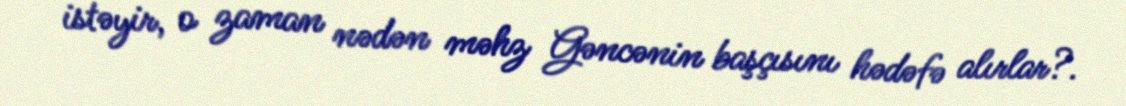
istəyir, o zaman nədən məhz Gəncənin başçısını hədəfə alırlar?.